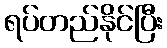
ရပ်တည်နိုင်ပြီး